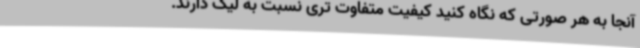
آنجا به هر صورتی که نگاه کنید کیفیت متفاوت تری نسبت به لیگ دارند.